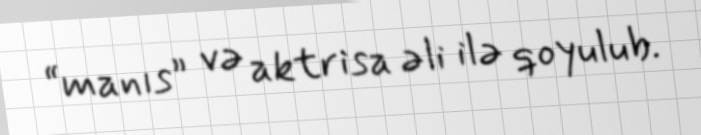
“manıs” və aktrisa əli ilə qoyulub.